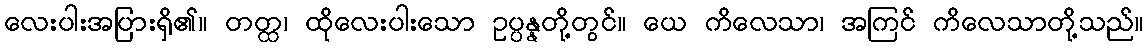
လေးပါးအပြားရှိ၏။ တတ္ထ၊ ထိုလေးပါးသော ဥပ္ပန္နတို့တွင်။ ယေ ကိလေသာ၊ အကြင် ကိလေသာတို့သည်။